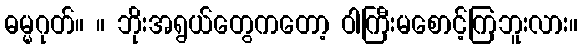
ဓမ္မဂုတ်။ ။ ဘိုးအရွယ်တွေကတော့ ဝါကြီးမစောင့်ကြဘူးလား။